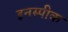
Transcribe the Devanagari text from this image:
इनस्पीक